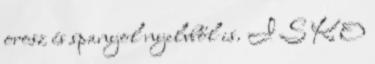
orosz és spanyol nyelvből is. I S K O